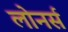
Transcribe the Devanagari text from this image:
लोनर्स